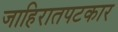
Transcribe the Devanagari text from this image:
जाहिरातपटकार